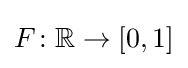
F\colon \mathbb {R} \rightarrow [0,1]